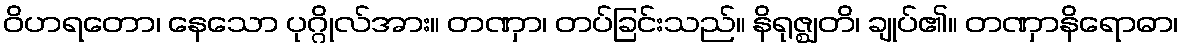
ဝိဟရတော၊ နေသော ပုဂ္ဂိုလ်အား။ တဏှာ၊ တပ်ခြင်းသည်။ နိရုဇ္ဈတိ၊ ချုပ်၏။ တဏှာနိရောဓာ၊